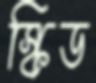
স্কিড